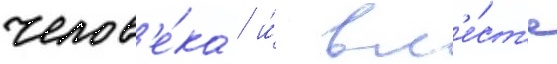
челов'е́ка / и́ вм'е́ст'е